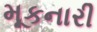
મૂકનારી